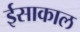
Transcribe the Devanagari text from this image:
ईसाकाल